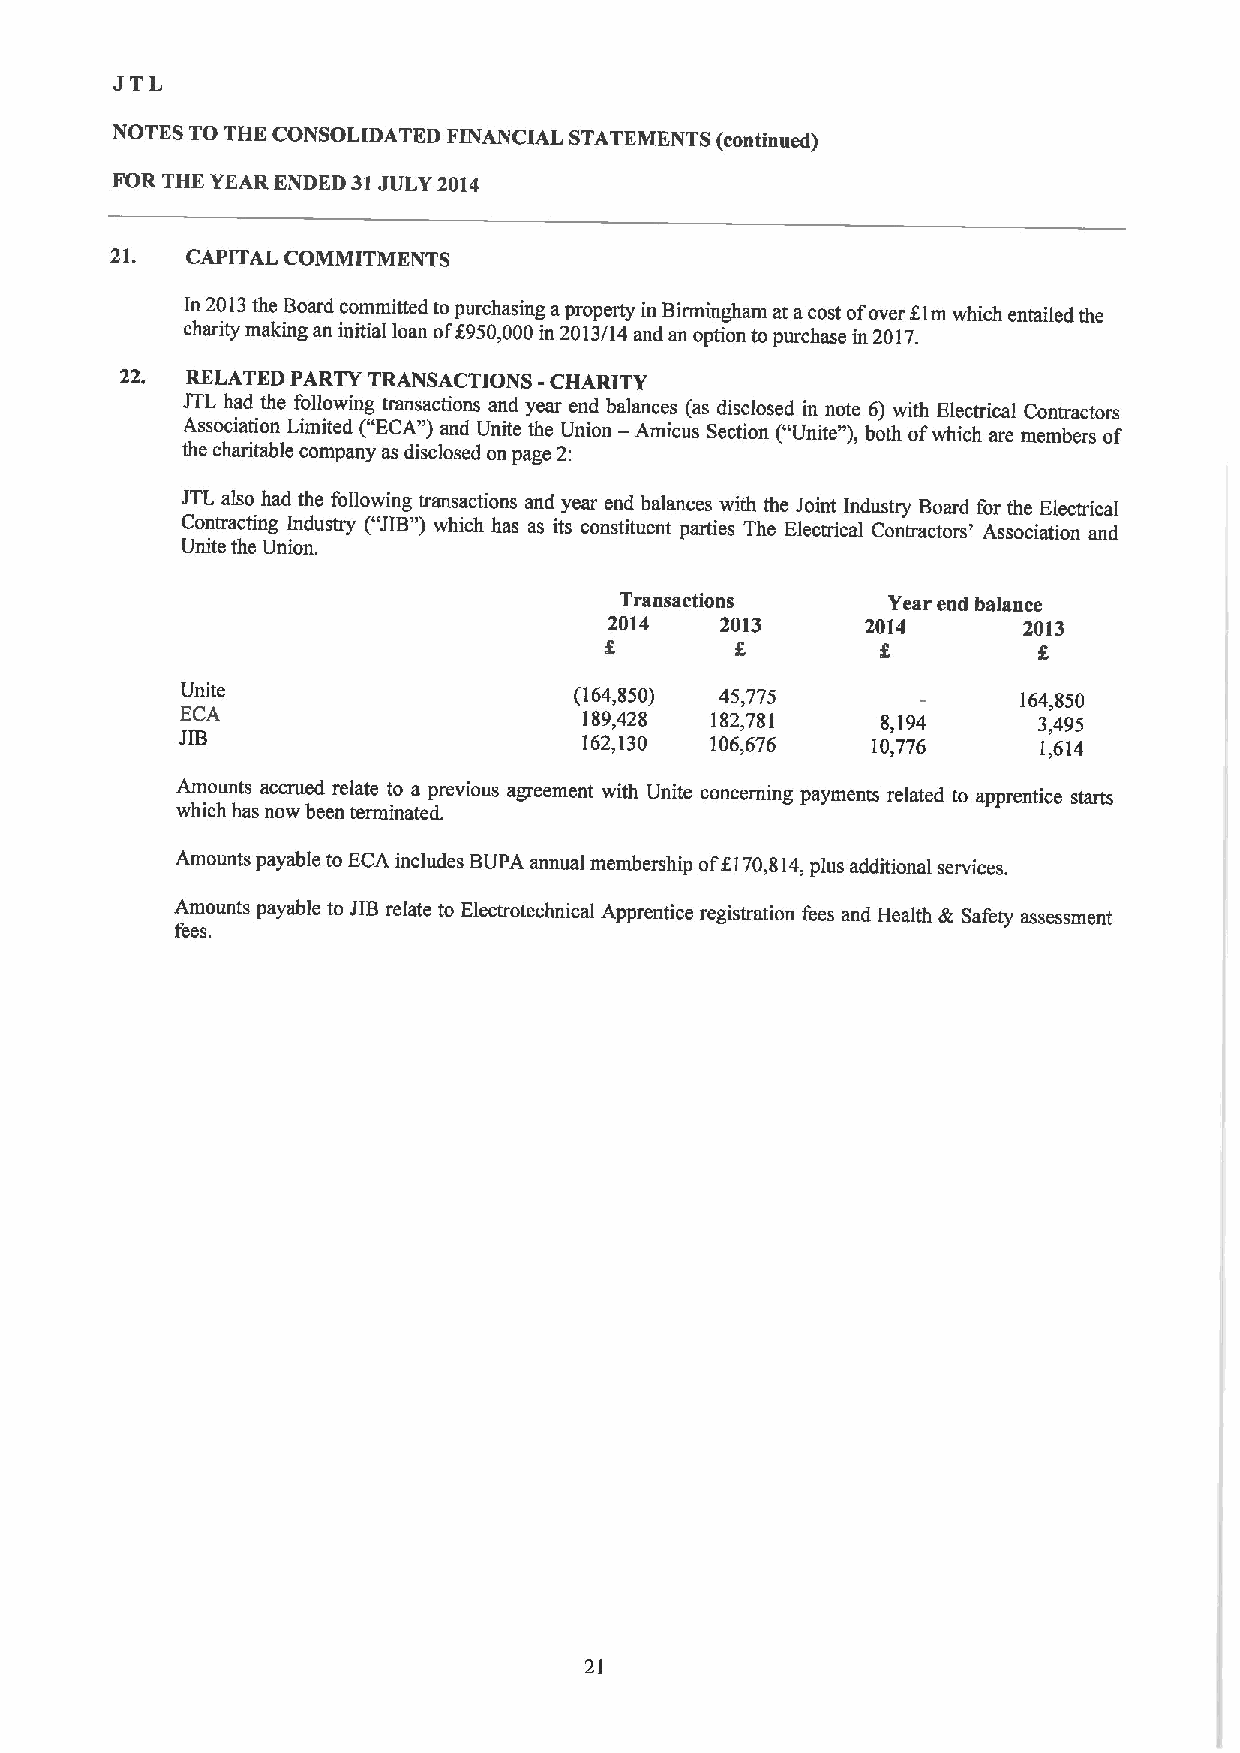
JTL
 NOTES TO THE CONSOLIDATED FINANCIAL STATEMENTS (continued)
 FOR THK YEAR ENDED 31JULY 2014
 21.  CAPITAL COMMITMENTS
 In 2013the Board committed to purchasing aproperty in Birmingham at acost ofover Elm which entailed the
 charity making an initial loan of8950,000in 2013/14 and an option to purchase in 2017.
 22. RELATED PARTY TRANSACTIONS -CHARITY
 JTL had the following transactions and year end balances (as disclosed in note 6) with Electrical Contractors
 Association Limited ("ECA")and Unite the Union — Amicus Section (" Unite"),both ofwhich are members of
 the charitable company as disclosed on page 2:
 JTL also had the following transactions and year end balances with the Joint Industry Board for the Electrical
 Contracting Industry ("JIB") which has as its constituent parties The Electrical Contractors' Association and
 Unite the Union.
 Transactions      Year end balance
 2014    2013     2014       2013
 Unite                     (164,850) 45,775              164,850
 ECA                        189,428 182,781    8,194      3,495
 JIB
 162,130 106,676    10,776     1,614
 Amounts accrued relate to a previous agreement with Unite concerning payments related to apprentice starts
 which has now been terminated.
 Amounts payable to ECA includes BUPA annual membership of8170,814,plus additional services.
 Amounts payable to JIBrelate to Electrotechnical Apprentice registration fees and Health 6t Safety assessment
 fees.
 21